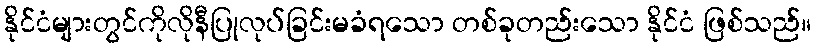
နိုင်ငံများတွင်ကိုလိုနီပြုလုပ်ခြင်းမခံရသော တစ်ခုတည်းသော နိုင်ငံ ဖြစ်သည်။